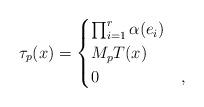
LaTeX: \begin{align*}\tau_p(x)=\begin{cases}\prod_{i=1}^r\alpha(e_i) & \\M_pT(x) & \\0 & ,\\\end{cases}\end{align*}